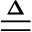
\triangleq